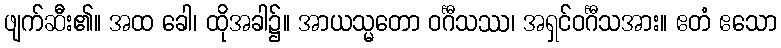
ဖျက်ဆီး၏။ အထ ခေါ၊ ထိုအခါ၌။ အာယသ္မတော ဝင်္ဂီသဿ၊ အရှင်ဝင်္ဂီသအား။ ဧတံ ဧသော